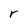
Character: r